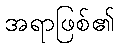
အရာဖြစ်၏